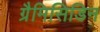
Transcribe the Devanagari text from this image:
ग्रैमिसिडिन